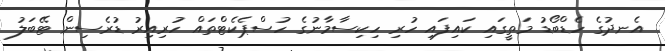
އެނދުގެ ހެޑްބޯޑު މަތީގައި ކައިފައި ހުރި ހިކިސާމާނުގެ ހުސްޕެކެޓްތައް ހުރިއިރު ޑުރެސިން ޓޭބަލު